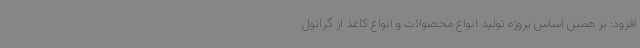
افزود: بر همین اساس پروژه تولید انواع محصولات و انواع کاغذ از گرانول